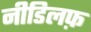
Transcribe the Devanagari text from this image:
नीडिलफ़